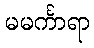
မမင်္ကာရာ